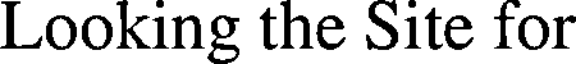
Looking the Site for